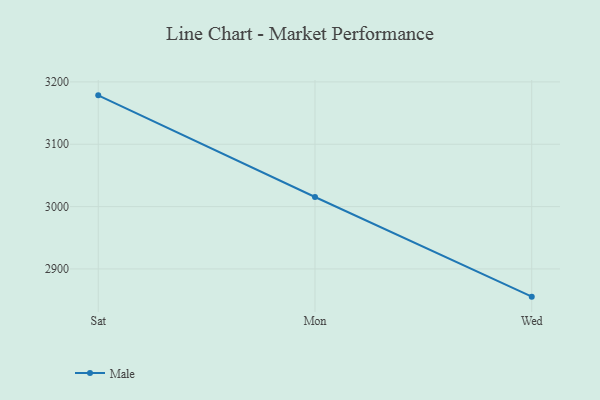
{"axis": {"x": "Day", "y": "Bounce Rate (%)"}, "legend": ["Male"], "data": [{"x": "Sat", "y": 3178.4, "type": "Male"}, {"x": "Mon", "y": 3015.4, "type": "Male"}, {"x": "Wed", "y": 2855.6, "type": "Male"}]}